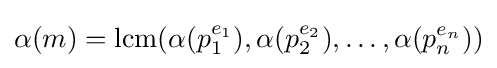
\alpha (m)=\operatorname {lcm} (\alpha (p_{1}^{e_{1}}),\alpha (p_{2}^{e_{2}}),\dots ,\alpha (p_{n}^{e_{n}}))